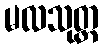
မလသုတ္တ